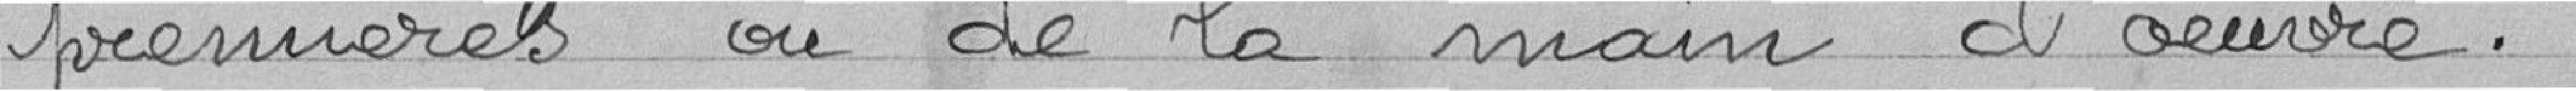
premières ou de la main d'oeuvre.